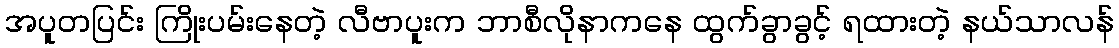
အပူတပြင်း ကြိုးပမ်းနေတဲ့ လီဗာပူးက ဘာစီလိုနာကနေ ထွက်ခွာခွင့် ရထားတဲ့ နယ်သာလန်